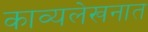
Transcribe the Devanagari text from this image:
काव्यलेखनात